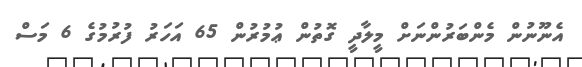
އެނޫނުން މެންބަރުންނަށް މީލާދީ ގޮތުން ޢުމުރުން 65 އަހަރު ފުރުމުގެ 6 މަސް